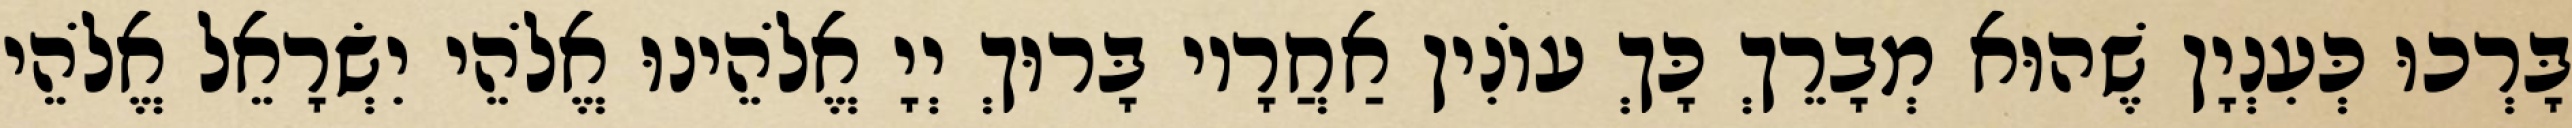
בָּרְכוּ כְּעִנְיָן שֶׁהוּא מְבָרֵךְ כָּךְ עוֹנִין אַחֲרָיו בָּרוּךְ יְיָ אֱלֹהֵינוּ אֱלֹהֵי יִשְׂרָאֵל אֱלֹהֵי